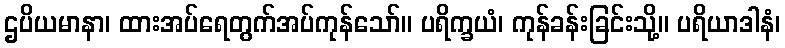
ဌပိယမာနာ၊ ထားအပ်ရေတွက်အပ်ကုန်သော်။ ပရိက္ခယံ၊ ကုန်ခန်းခြင်းသို့။ ပရိယာဒါနံ၊